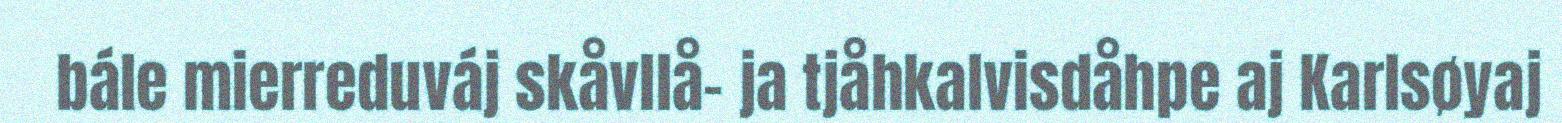
bále mierreduváj skåvllå- ja tjåhkalvisdåhpe aj Karlsøyaj